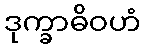
ဒုက္ခာဓိဝဟံ